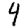
Digit: 4